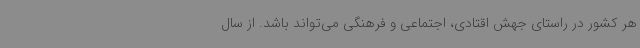
هر کشور در راستای جهش اقتادی، اجتماعی و فرهنگی می‌تواند باشد. از سال